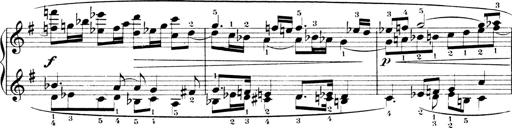
Title: 4 Sonatines
Composer: Max Reger